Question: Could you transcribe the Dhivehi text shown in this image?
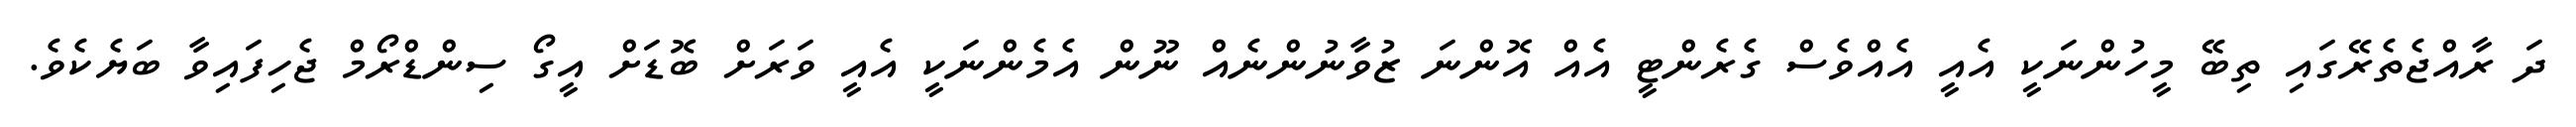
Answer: ދަ ރާއްޖެތެރޭގައި ތިބޭ މީހުންނަކީ އެއީ އެއްވެސް ގެރެންޓީ އެއް އޮންނަ ޒުވާނުންނެއް ނޫން އެމެންނަކީ އެއީ ވަރަށް ބޮޑަށް އީގޯ ސިންޑްރޯމް ޖެހިފައިވާ ބަޔެކެވެ.